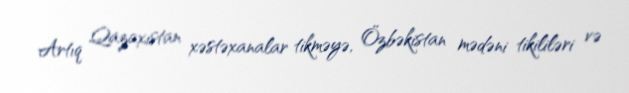
Artıq Qazaxıstan xəstəxanalar tikməyə, Özbəkistan mədəni tikililəri və